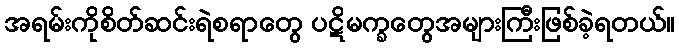
အရမ်းကိုစိတ်ဆင်းရဲစရာတွေ ပဋိမက္ခတွေအများကြီးဖြစ်ခဲ့ရတယ်။